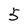
Character: 5